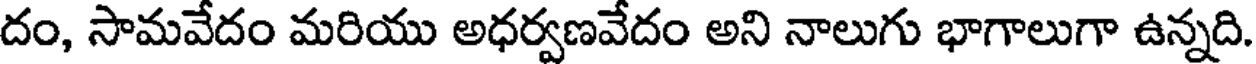
దం, సామవేదం మరియు అధర్వణవేదం అని నాలుగు భాగాలుగా ఉన్నది